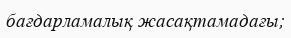
бағдарламалық жасақтамадағы;